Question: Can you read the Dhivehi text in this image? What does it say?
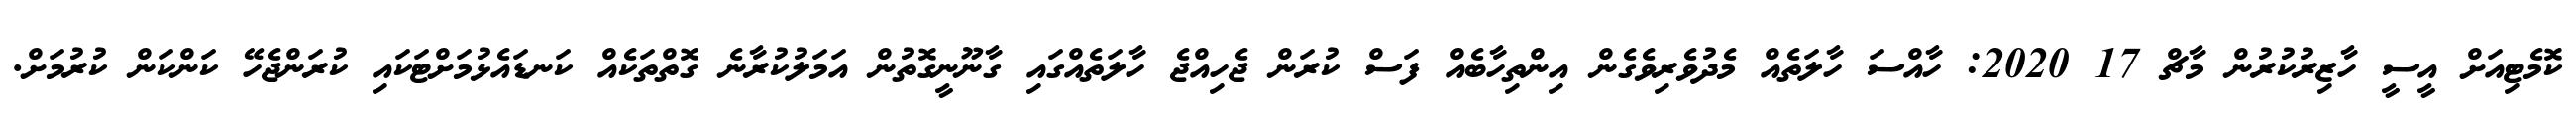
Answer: ކޮމެޓިއަށް އީސީ ހާޒިރުކުރުން މާޗް 17 2020: ހާއްސަ ހާލަތެއް މެދުވެރިވެގެން އިންތިހާބެއް ފަސް ކުރަން ޖެހިއްޖެ ހާލަތެއްގައި ގާނޫނީގޮތުން އަމަލުކުރާނެ ގޮތްތަކެއް ކަނޑައެޅުމަށްޓަކައި ކުރަންޖެހޭ ކަންކަން ކުރުމަށް.